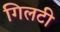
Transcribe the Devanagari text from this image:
गिलटी